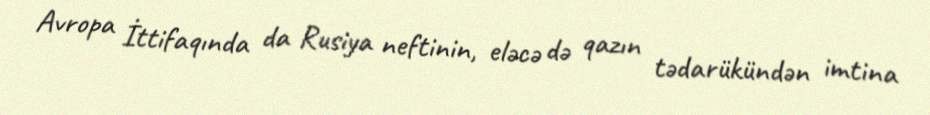
Avropa İttifaqında da Rusiya neftinin, eləcə də qazın tədarükündən imtina